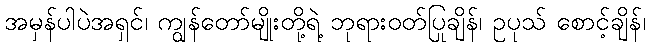
အမှန်ပါပဲအရှင်၊ ကျွန်တော်မျိုးတို့ရဲ့ ဘုရားဝတ်ပြုချိန်၊ ဥပုသ် စောင့်ချိန်၊